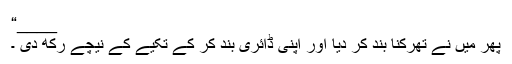
____“
پھر میں نے تھرکنا بند کر دیا اور اپنی ڈائری بند کر کے تکیے کے نیچے رکھ دی ۔